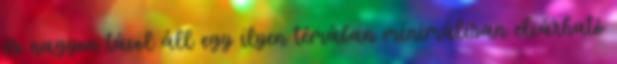
és nagyon távol áll egy ilyen témában minimálisan elvárható